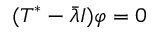
( T ^ { * } - { \bar { \lambda } } I ) \varphi = 0